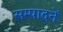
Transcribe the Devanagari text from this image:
सम्पादनें